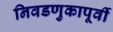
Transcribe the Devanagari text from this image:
निवडणुकापूर्वी